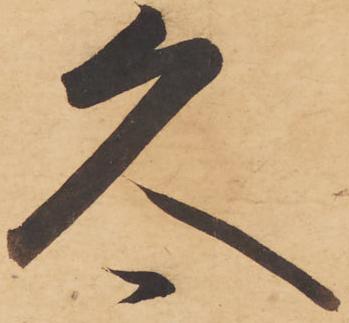
久